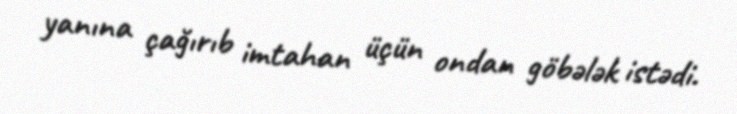
yanına çağırıb imtahan üçün ondan göbələk istədi.